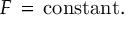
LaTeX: F \, = \, \mathrm { c o n s t a n t } .